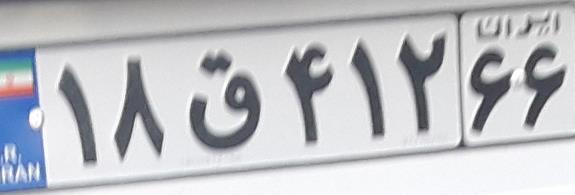
۱۸ق۴۱۲۶۶